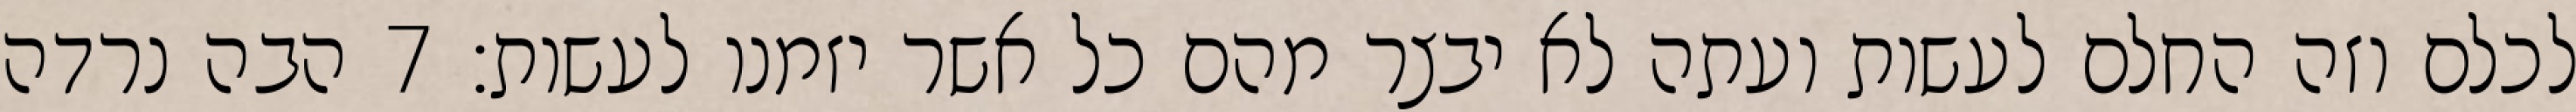
לכלם וזה החלם לעשות ועתה לא יבצר מהם כל אשר יזמנו לעשות׃ ‎7‏ הבה נרדה